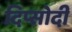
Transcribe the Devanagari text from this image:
दिप्सोदी